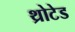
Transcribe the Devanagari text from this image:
थ्रोटेड